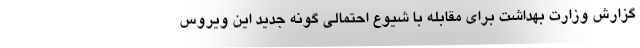
گزارش وزارت بهداشت برای مقابله با شیوع احتمالی گونه جدید این ویروس